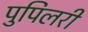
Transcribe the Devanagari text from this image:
पुपिलरी